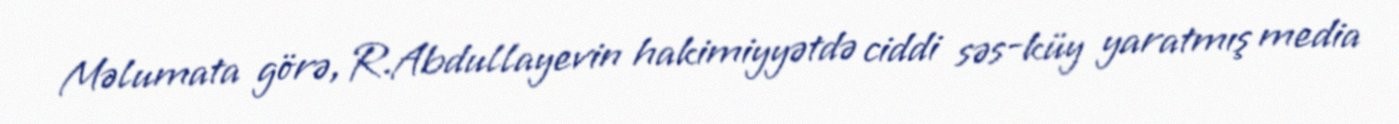
Məlumata görə, R.Abdullayevin hakimiyyətdə ciddi səs-küy yaratmış media